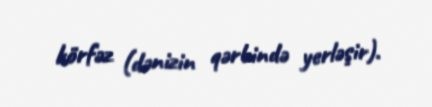
körfəz (dənizin qərbində yerləşir).